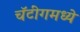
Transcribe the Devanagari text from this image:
चॅटींगमध्ये